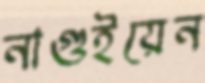
নাগুইয়েন